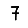
Digit: 7